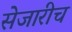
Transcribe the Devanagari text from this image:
सेजारीच